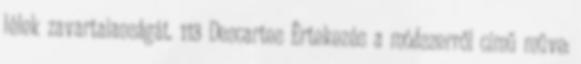
lélek zavartalanságát. 113 Descartes Értekezés a módszerről című műve: